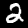
Label: 2